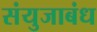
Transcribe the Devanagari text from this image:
संयुजाबंध